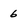
Character: 6